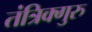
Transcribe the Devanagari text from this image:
तंत्रिक्गुरु